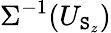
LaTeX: \Sigma^{-1}(U_{\mathtt{S}_{z}})